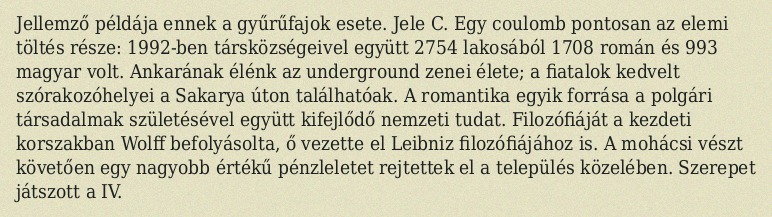
Jellemző példája ennek a gyűrűfajok esete. Jele C. Egy coulomb pontosan az elemi töltés része: 1992-ben társközségeivel együtt 2754 lakosából 1708 román és 993 magyar volt. Ankarának élénk az underground zenei élete; a fiatalok kedvelt szórakozóhelyei a Sakarya úton találhatóak. A romantika egyik forrása a polgári társadalmak születésével együtt kifejlődő nemzeti tudat. Filozófiáját a kezdeti korszakban Wolff befolyásolta, ő vezette el Leibniz filozófiájához is. A mohácsi vészt követően egy nagyobb értékű pénzleletet rejtettek el a település közelében. Szerepet játszott a IV.